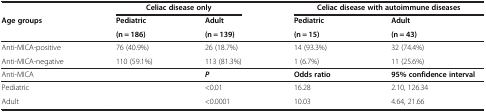
<table><thead><tr><td><b> </b></td><td colspan="2"><b>Celiac disease only</b></td><td colspan="2"><b>Celiac disease with autoimmune diseases</b></td></tr><tr><td><b>Age groups</b></td><td><b>Pediatric</b></td><td><b>Adult</b></td><td><b>Pediatric</b></td><td><b>Adult</b></td></tr><tr><td><b> </b></td><td><b>(n = 186)</b></td><td><b>(n = 139)</b></td><td><b>(n = 15)</b></td><td><b>(n = 43)</b></td></tr></thead><tbody><tr><td>Anti-MICA-positive</td><td>76 (40.9%)</td><td>26 (18.7%)</td><td>14 (93.3%)</td><td>32 (74.4%)</td></tr><tr><td>Anti-MICA-negative</td><td>110 (59.1%)</td><td>113 (81.3%)</td><td>1 (6.7%)</td><td>11 (25.6%)</td></tr><tr><td>Anti-MICA</td><td> </td><td><b><i>P</i></b></td><td><b>Odds ratio</b></td><td><b>95% confidence interval</b></td></tr><tr><td>Pediatric</td><td> </td><td>&lt;0.01</td><td>16.28</td><td>2.10, 126.34</td></tr><tr><td>Adult</td><td> </td><td>&lt;0.0001</td><td>10.03</td><td>4.64, 21.66</td></tr></tbody></table>